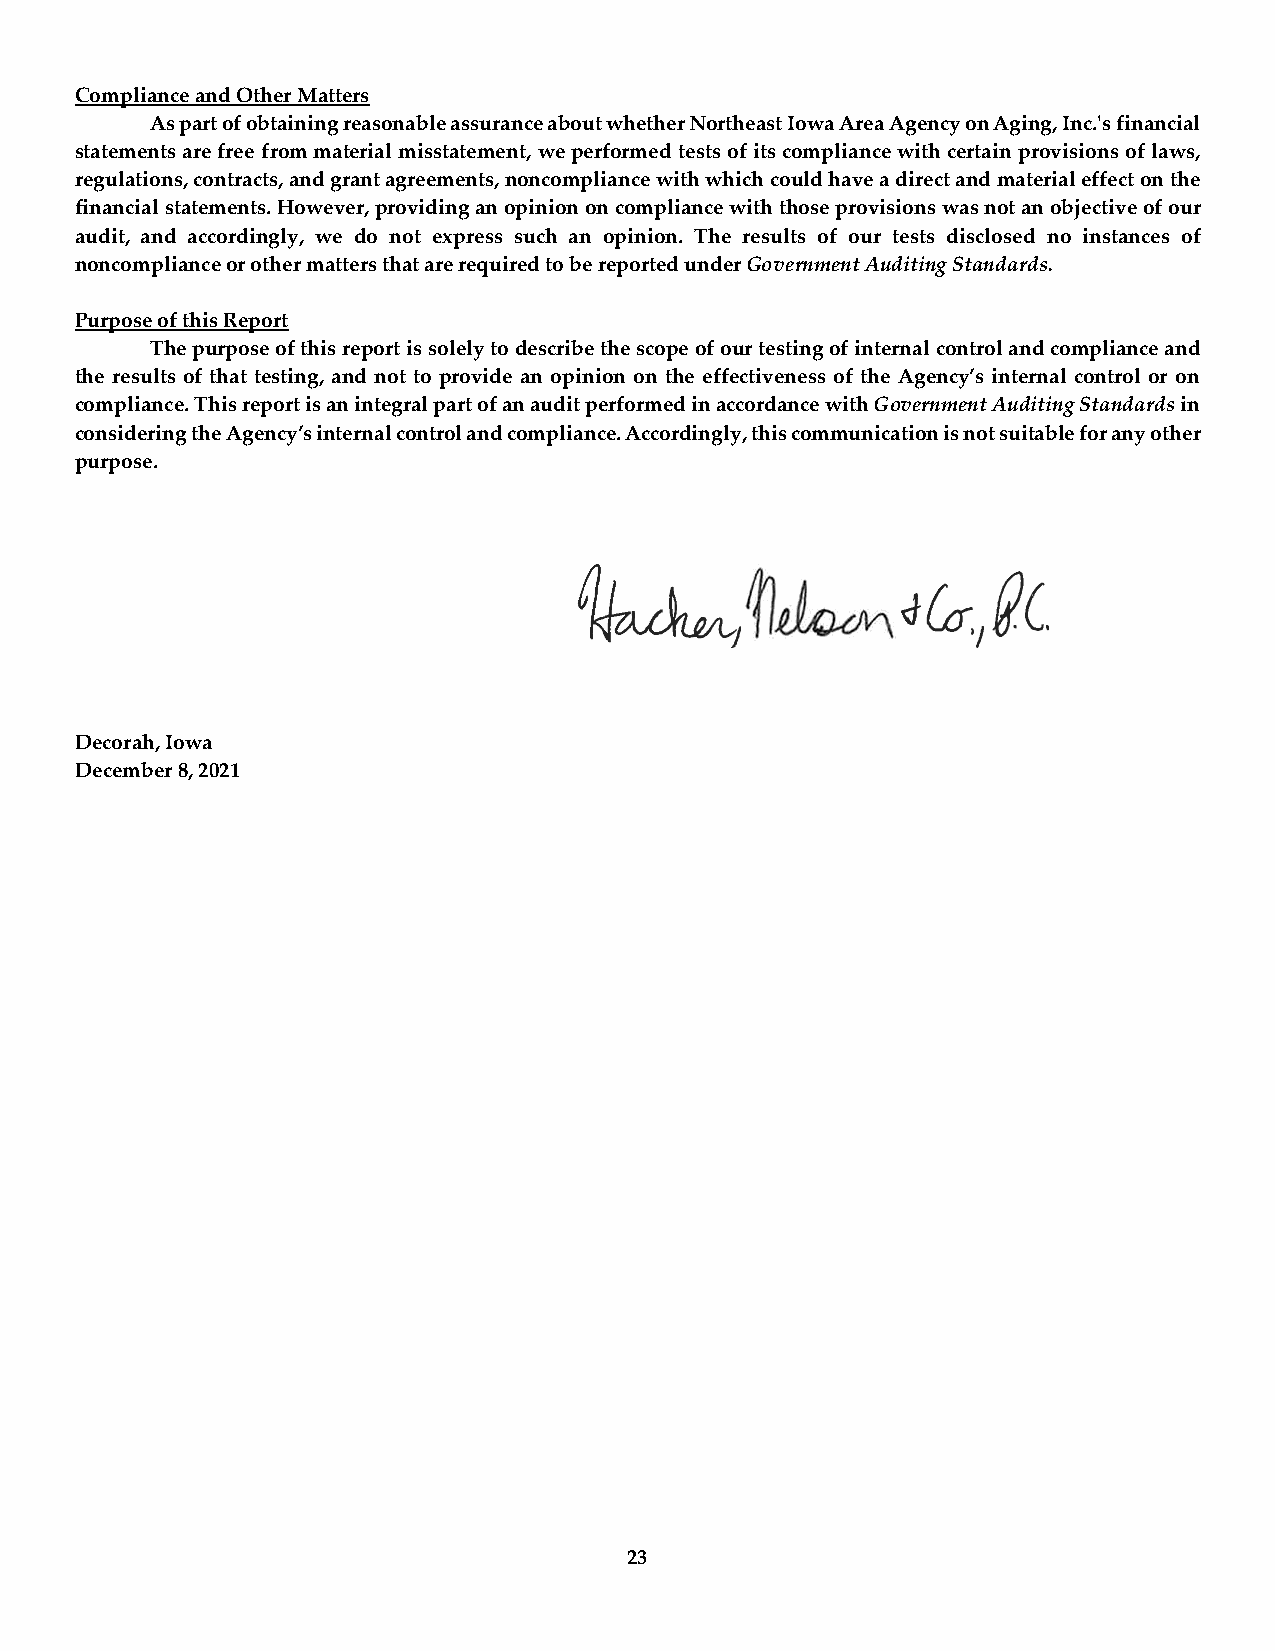
Compliance and Other Matters
 As part of obtaining reasonable assurance about whether Northeast Iowa Area Agency on Aging, Inc.'s financial
 statements are free from material misstatement, we performed tests of its compliance with certain provisions of laws,
 regulations, contracts, and grant agreements, noncompliance with which could have a direct and material effect on the
 financial statements. However, providing an opinion on compliance with those provisions was not an objective of our
 audit, and accordingly, we do not express such an opinion. The results of our tests disclosed no instances of
 noncompliance or other matters that are required to be reported under Government Auditing Standards.
 Purpose of this Report
 The purpose of this report is solely to describe the scope of our testing of internal control and compliance and
 the results of that testing, and not to provide an opinion on the effectiveness of the Agency’s internal control or on
 compliance. This report is an integral part of an audit performed in accordance with Government Auditing Standards in
 considering the Agency’s internal control and compliance. Accordingly, this communication is not suitable for any other
 purpose.
 Decorah, Iowa
 December 8, 2021
 23